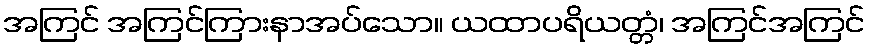
အကြင် အကြင်ကြားနာအပ်သော။ ယထာပရိယတ္တံ၊ အကြင်အကြင်